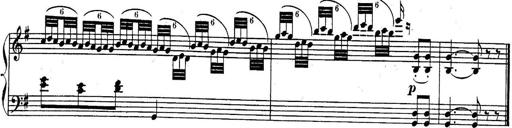
Title: Sonatina for Piano
Composer: BÃ©la BartÃ³k